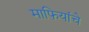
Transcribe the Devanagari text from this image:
माफियांचे